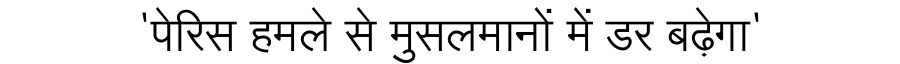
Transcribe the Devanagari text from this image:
'पेरिस हमले से मुसलमानों में डर बढ़ेगा'